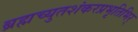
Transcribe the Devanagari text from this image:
ब्रह्मच्युतशंकरप्रभृतिभिर्‌